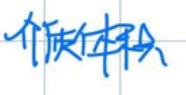
介质条件